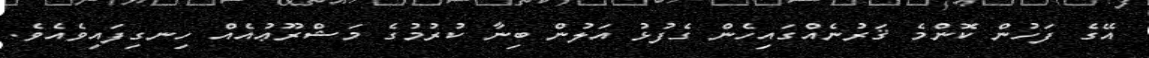
އޭގެ ފަހުން ކޮންމެ ޤަރުނެއްގައިހެން ގެފުޅު އަލުން ބިނާ ކުރުމުގެ މަޝްރޫޢުއެއް ހިނގިފައިވެއެވެ.